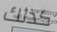
كذلك